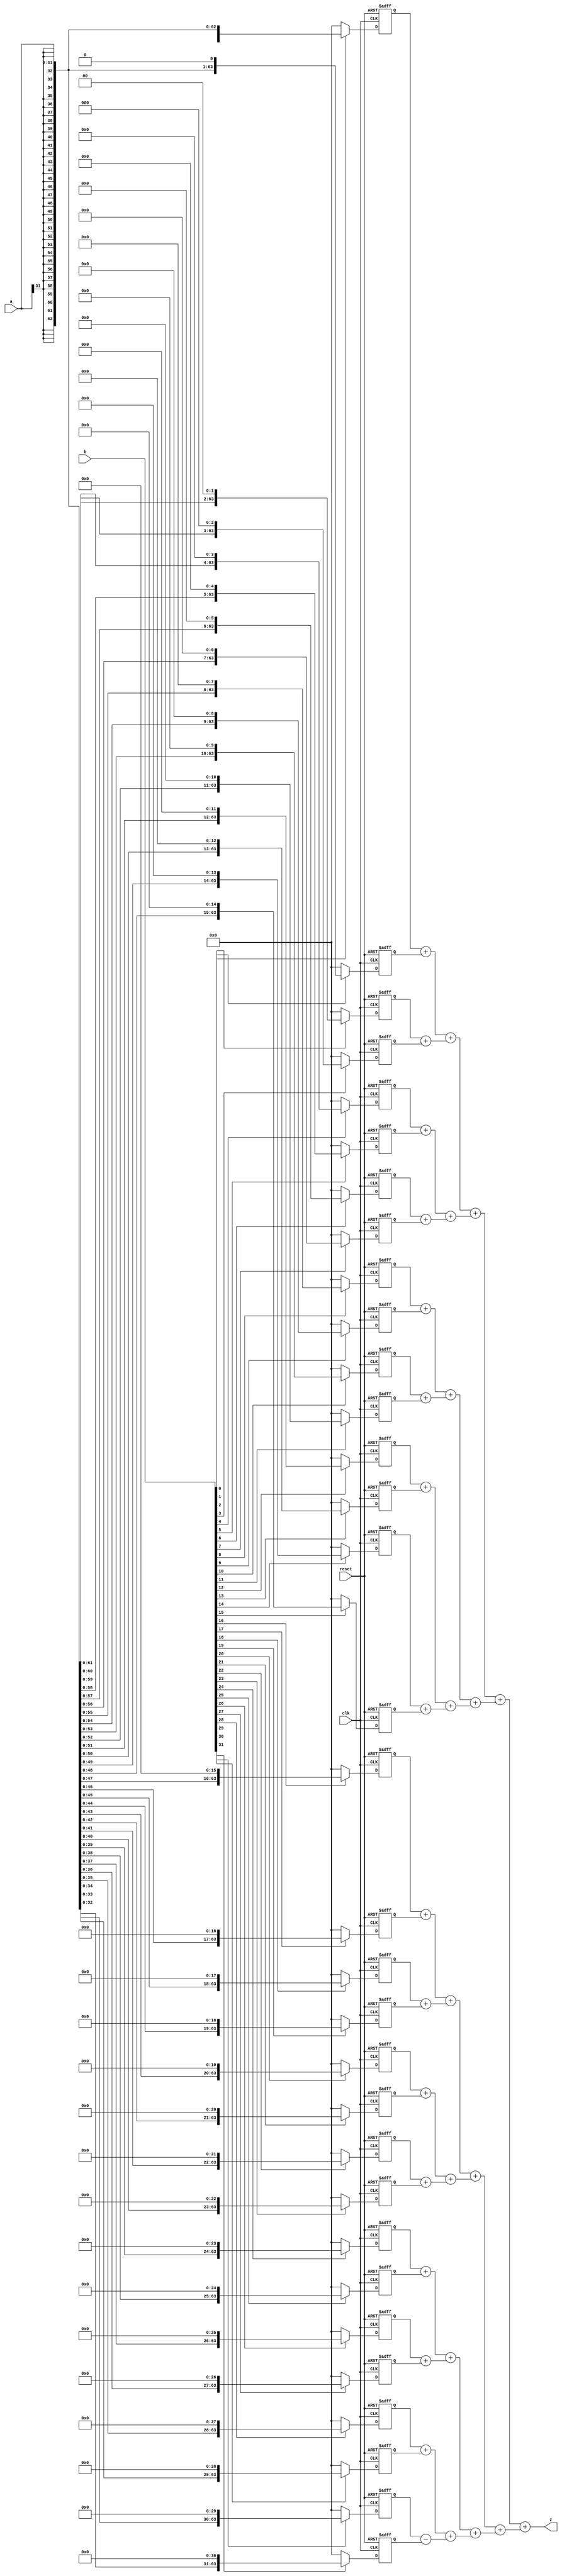
`timescale 1ns / 1ps
//////////////////////////////////////////////////////////////////////////////////
// Company: 
// Engineer: 
// 
// Design Name: 
// Module Name: MULT
// Project Name: 
// Target Devices: 
// Tool Versions: 
// Description: 
// 
// Dependencies: 
// 
// Revision:
// Revision 0.01 - File Created
// Additional Comments:
// 
//////////////////////////////////////////////////////////////////////////////////


module MULT(
    input clk,
    input reset,
    input [31:0] a,
    input [31:0] b,
    output [63:0] z
    );
    
    reg [63:0] tmp0;
    reg [63:0] tmp1;
    reg [63:0] tmp2;
    reg [63:0] tmp3;
    reg [63:0] tmp4;
    reg [63:0] tmp5;
    reg [63:0] tmp6;
    reg [63:0] tmp7;
    reg [63:0] tmp8;
    reg [63:0] tmp9;
    reg [63:0] tmp10;
    reg [63:0] tmp11;
    reg [63:0] tmp12;
    reg [63:0] tmp13;
    reg [63:0] tmp14;
    reg [63:0] tmp15;
    reg [63:0] tmp16;
    reg [63:0] tmp17;
    reg [63:0] tmp18;
    reg [63:0] tmp19;
    reg [63:0] tmp20;
    reg [63:0] tmp21;
    reg [63:0] tmp22;
    reg [63:0] tmp23;
    reg [63:0] tmp24;
    reg [63:0] tmp25;
    reg [63:0] tmp26;
    reg [63:0] tmp27;
    reg [63:0] tmp28;
    reg [63:0] tmp29;
    reg [63:0] tmp30;
    reg [63:0] tmp31;
    
    wire [63:0] tans_0_1, tans_2_3, tans_4_5, tans_6_7, tans_8_9, tans_10_11, tans_12_13, tans_14_15;
    wire [63:0] tans_16_17, tans_18_19, tans_20_21, tans_22_23, tans_24_25, tans_26_27, tans_28_29, tans_30_31;
    wire [63:0] tans_01_23, tans_45_67, tans_89_1011, tans_1213_1415, tans_1617_1819, tans_2021_2223, tans_2425_2627, tans_2829_3031;
    wire [63:0] tans_0123_4567, tans_891011_12131415, tans_16171819_20212223, tans_24252627_28293031;
    wire [63:0] tans_012345678_9101112131415, tans_1617181920212223_2425262728293031;
    
    assign tans_0_1 = tmp0 + tmp1;
    assign tans_2_3 = tmp2 + tmp3;
    assign tans_4_5 = tmp4 + tmp5;
    assign tans_6_7 = tmp6 + tmp7;
    assign tans_8_9 = tmp8 + tmp9;
    assign tans_10_11 = tmp10 + tmp11;
    assign tans_12_13 = tmp12 + tmp13;
    assign tans_14_15 = tmp14 + tmp15;
    assign tans_16_17 = tmp16 + tmp17;
    assign tans_18_19 = tmp18 + tmp19;
    assign tans_20_21 = tmp20 + tmp21;
    assign tans_22_23 = tmp22 + tmp23;
    assign tans_24_25 = tmp24 + tmp25;
    assign tans_26_27 = tmp26 + tmp27;
    assign tans_28_29 = tmp28 + tmp29;
    assign tans_30_31 = tmp30 - tmp31;

    assign tans_01_23 = tans_0_1 + tans_2_3;
    assign tans_45_67 = tans_4_5 + tans_6_7;
    assign tans_89_1011 = tans_8_9 + tans_10_11;
    assign tans_1213_1415 = tans_12_13 + tans_14_15;
    assign tans_1617_1819 = tans_16_17 + tans_18_19;
    assign tans_2021_2223 = tans_20_21 + tans_22_23;
    assign tans_2425_2627 = tans_24_25 + tans_26_27;
    assign tans_2829_3031 = tans_28_29 + tans_30_31;
    
    assign tans_0123_4567 = tans_01_23 + tans_45_67;
    assign tans_891011_12131415 = tans_89_1011 + tans_1213_1415;
    assign tans_16171819_20212223 = tans_1617_1819 + tans_2021_2223;
    assign tans_24252627_28293031 = tans_2425_2627 + tans_2829_3031;
    
    assign tans_012345678_9101112131415 = tans_0123_4567 + tans_891011_12131415;
    assign tans_1617181920212223_2425262728293031 = tans_16171819_20212223 + tans_24252627_28293031;
    
    assign z = tans_012345678_9101112131415 + tans_1617181920212223_2425262728293031;
    
    always @(posedge clk or negedge reset)
    begin
        if(reset == 0)
        begin
            tmp0 <= 'b0; tmp1 <= 'b0; tmp2 <= 'b0; tmp3 <= 'b0;
            tmp4 <= 'b0; tmp5 <= 'b0; tmp6 <= 'b0; tmp7 <= 'b0;
            tmp8 <= 'b0; tmp9 <= 'b0; tmp10 <= 'b0; tmp11 <= 'b0;
            tmp12 <= 'b0; tmp13 <= 'b0; tmp14 <= 'b0; tmp15 <= 'b0;
            tmp16 <= 'b0; tmp17 <= 'b0; tmp18 <= 'b0; tmp19 <= 'b0;
            tmp20 <= 'b0; tmp21 <= 'b0; tmp22 <= 'b0; tmp23 <= 'b0;
            tmp24 <= 'b0; tmp25 <= 'b0; tmp26 <= 'b0; tmp27 <= 'b0;
            tmp28 <= 'b0; tmp29 <= 'b0; tmp30 <= 'b0; tmp31 <= 'b0;
        end
        else
        begin
            tmp0 <= b[0] ? {{32{a[31]}}, a} : 'b0;
            tmp1 <= b[1] ? {{31{a[31]}}, a, 1'b0} : 'b0;
            tmp2 <= b[2] ? {{30{a[31]}}, a, 2'b0} : 'b0;
            tmp3 <= b[3] ? {{29{a[31]}}, a, 3'b0} : 'b0;
            tmp4 <= b[4] ? {{28{a[31]}}, a, 4'b0} : 'b0;
            tmp5 <= b[5] ? {{27{a[31]}}, a, 5'b0} : 'b0;
            tmp6 <= b[6] ? {{26{a[31]}}, a, 6'b0} : 'b0;
            tmp7 <= b[7] ? {{25{a[31]}}, a, 7'b0} : 'b0;
            tmp8 <= b[8] ? {{24{a[31]}}, a, 8'b0} : 'b0;
            tmp9 <= b[9] ? {{23{a[31]}}, a, 9'b0} : 'b0;
            tmp10 <= b[10] ? {{22{a[31]}}, a, 10'b0} : 'b0;
            tmp11 <= b[11] ? {{21{a[31]}}, a, 11'b0} : 'b0;
            tmp12 <= b[12] ? {{20{a[31]}}, a, 12'b0} : 'b0;
            tmp13 <= b[13] ? {{19{a[31]}}, a, 13'b0} : 'b0;
            tmp14 <= b[14] ? {{18{a[31]}}, a, 14'b0} : 'b0;
            tmp15 <= b[15] ? {{17{a[31]}}, a, 15'b0} : 'b0;
            tmp16 <= b[16] ? {{16{a[31]}}, a, 16'b0} : 'b0;
            tmp17 <= b[17] ? {{15{a[31]}}, a, 17'b0} : 'b0;
            tmp18 <= b[18] ? {{14{a[31]}}, a, 18'b0} : 'b0;
            tmp19 <= b[19] ? {{13{a[31]}}, a, 19'b0} : 'b0;
            tmp20 <= b[20] ? {{12{a[31]}}, a, 20'b0} : 'b0;
            tmp21 <= b[21] ? {{11{a[31]}}, a, 21'b0} : 'b0;
            tmp22 <= b[22] ? {{10{a[31]}}, a, 22'b0} : 'b0;
            tmp23 <= b[23] ? {{9{a[31]}}, a, 23'b0} : 'b0;
            tmp24 <= b[24] ? {{8{a[31]}}, a, 24'b0} : 'b0;
            tmp25 <= b[25] ? {{7{a[31]}}, a, 25'b0} : 'b0;
            tmp26 <= b[26] ? {{6{a[31]}}, a, 26'b0} : 'b0;
            tmp27 <= b[27] ? {{5{a[31]}}, a, 27'b0} : 'b0;
            tmp28 <= b[28] ? {{4{a[31]}}, a, 28'b0} : 'b0;
            tmp29 <= b[29] ? {{3{a[31]}}, a, 29'b0} : 'b0;
            tmp30 <= b[30] ? {{2{a[31]}}, a, 30'b0} : 'b0;
            tmp31 <= b[31] ? {{1{a[31]}}, a, 31'b0} : 'b0;
        end
    end
endmodule